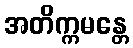
အတိက္ကမန္တေ